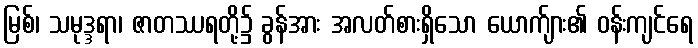
မြစ်၊ သမုဒ္ဒရာ၊ ဇာတဿရတို့၌ ခွန်အား အလတ်စားရှိသော ယောက်ျား၏ ဝန်းကျင်ရေ